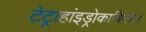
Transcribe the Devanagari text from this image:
टेट्राहांइड्रोकार्बिनोल